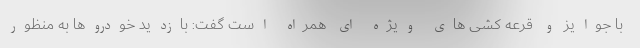
با جوایز و قرعه کشی های ویژه ای همراه است گفت: بازدید خودروها به منظور